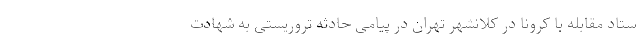
ستاد مقابله با کرونا در کلانشهر تهران در پیامی حادثه تروریستی به شهادت